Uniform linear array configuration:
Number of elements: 12
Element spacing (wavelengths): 0.5
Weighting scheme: hann
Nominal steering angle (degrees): -30
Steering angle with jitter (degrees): -31.106
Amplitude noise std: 0.05
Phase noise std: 0.05

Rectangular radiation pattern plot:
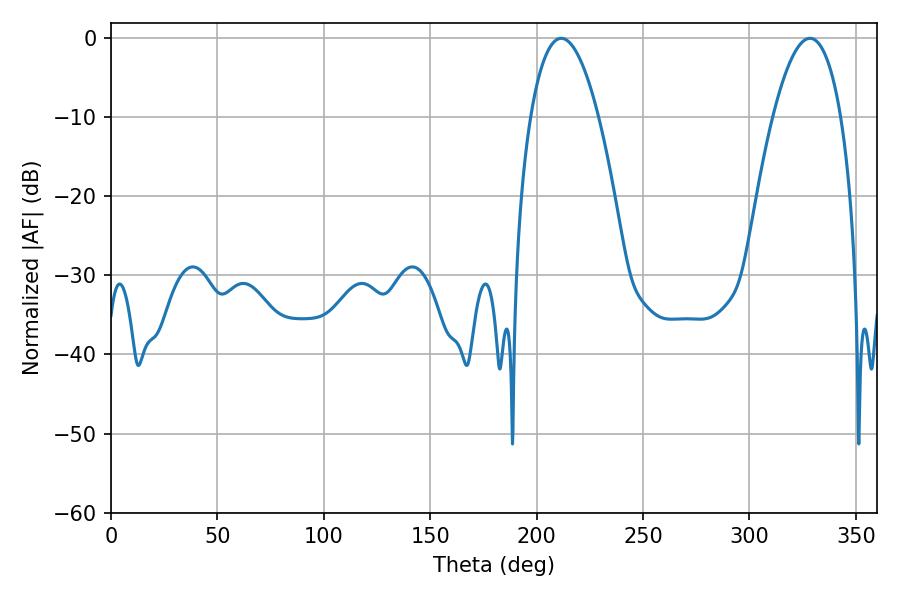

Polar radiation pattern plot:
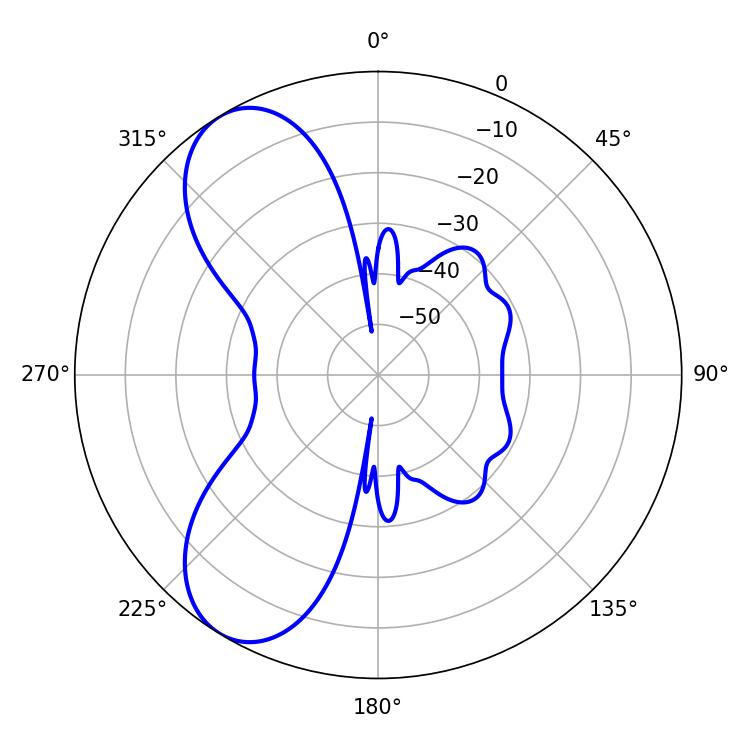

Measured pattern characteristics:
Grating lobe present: FALSE
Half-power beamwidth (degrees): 17.64
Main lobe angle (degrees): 211.5